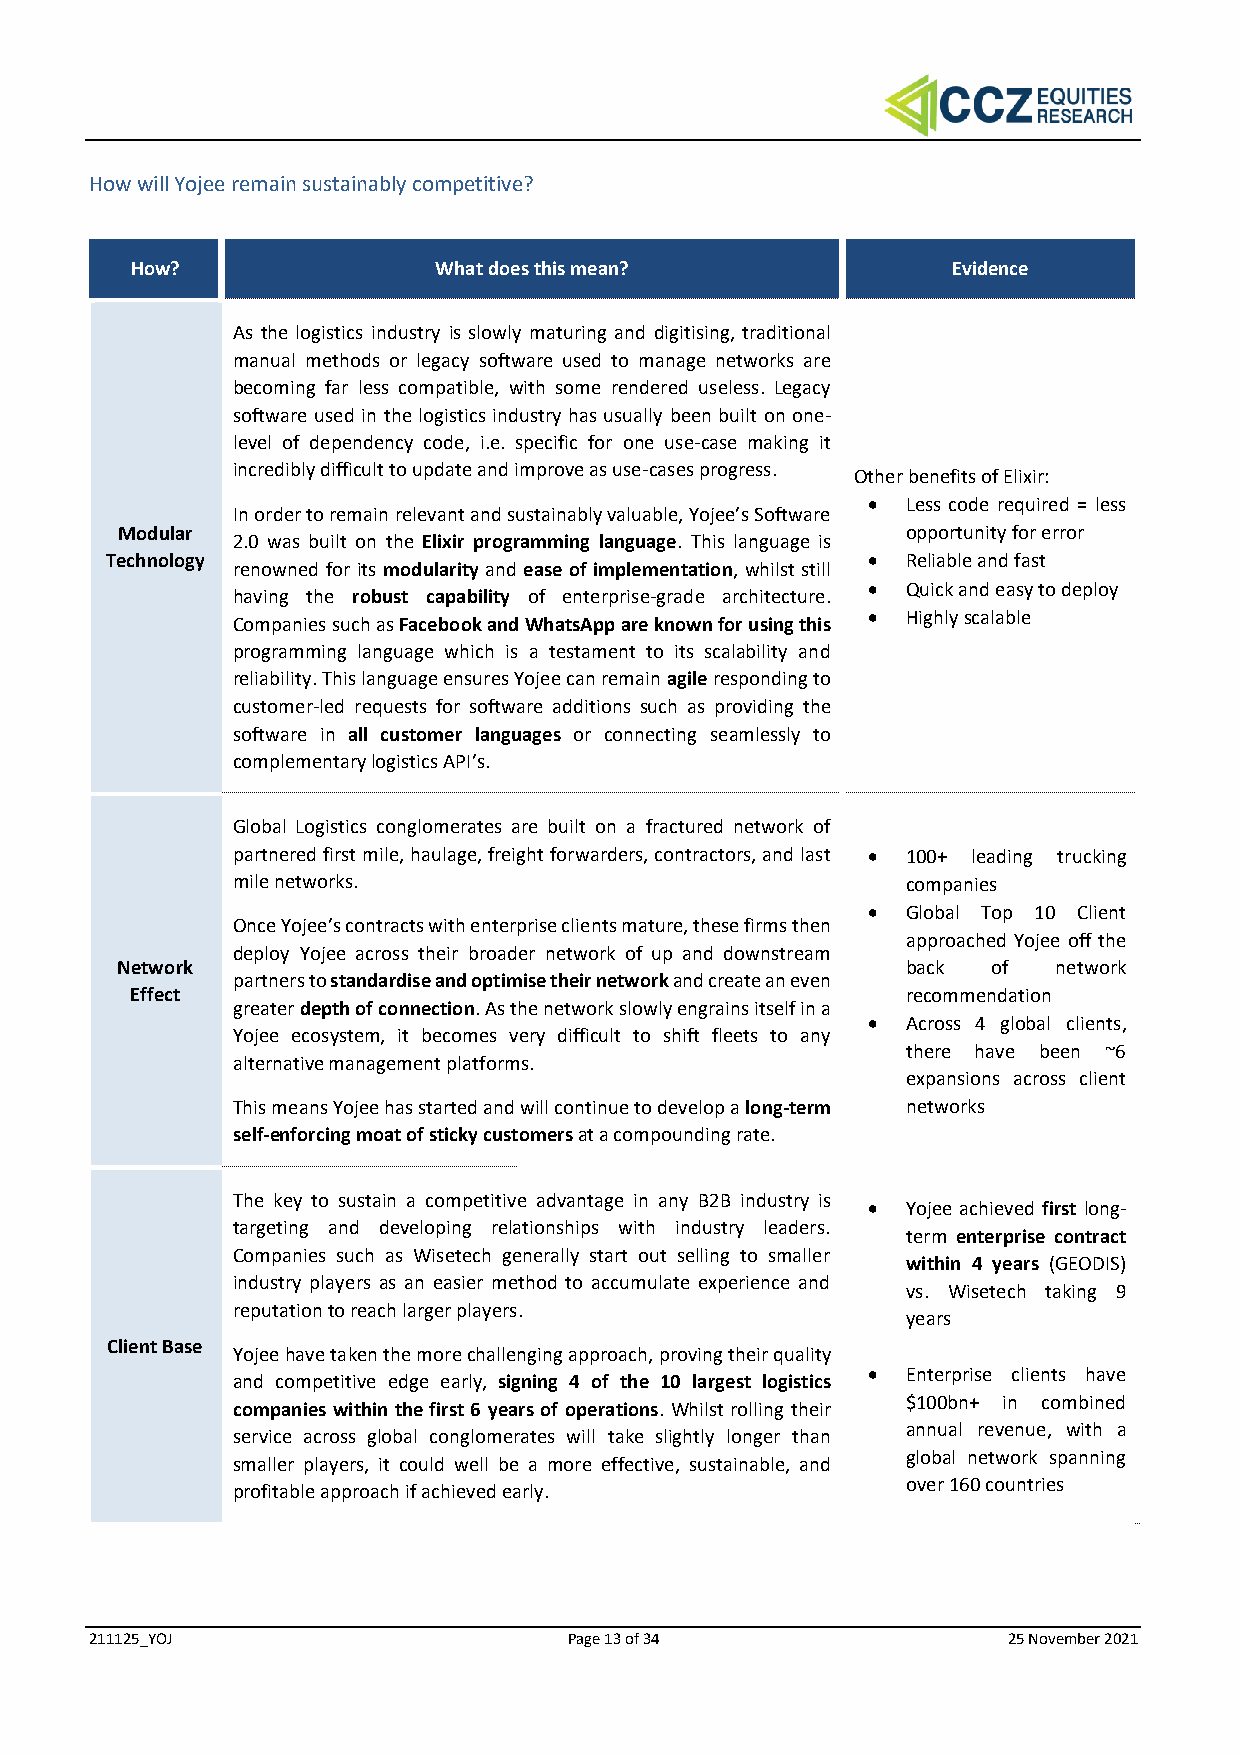
How will Yojee remain sustainably competitive?
 How?                What does this mean?              Evidence
 As the logistics industry is slowly maturing and digitising, traditional
 manual methods or legacy software used to manage networks are
 becoming far less compatible, with some rendered useless. Legacy
 software used in the logistics industry has usually been built on one-
 level of dependency code, i.e. specific for one use-case making it
 incredibly difficult to update and improve as use-cases progress.
 Other benefits of Elixir:
 •  Less code required = less
 In order to remain relevant and sustainably valuable, Yojee’s Software
 Modular                                             opportunity for error
 2.0 was built on the Elixir programming language. This language is
 Technology                                        •  Reliable and fast
 renowned for its modularity and ease of implementation, whilst still
 •  Quick and easy to deploy
 having the robust capability of enterprise-grade architecture.
 Companies such as Facebook and WhatsApp are known for using this • Highly scalable
 programming language which is a testament to its scalability and
 reliability. This language ensures Yojee can remain agile responding to
 customer-led requests for software additions such as providing the
 software in all customer languages or connecting seamlessly to
 complementary logistics API’s.
 Global Logistics conglomerates are built on a fractured network of
 partnered first mile, haulage, freight forwarders, contractors, and last • 100+ leading trucking
 mile networks.                               companies
 •  Global Top 10 Client
 Once Yojee’s contracts with enterprise clients mature, these firms then
 approached Yojee off the
 deploy Yojee across their broader network of up and downstream
 Network                                             back  of  network
 partners to standardise and optimise their network and create an even
 Effect                                             recommendation
 greater depth of connection. As the network slowly engrains itself in a
 •  Across 4 global clients,
 Yojee ecosystem, it becomes very difficult to shift fleets to any
 there have been ~6
 alternative management platforms.
 expansions across client
 This means Yojee has started and will continue to develop a long-term networks
 self-enforcing moat of sticky customers at a compounding rate.
 The key to sustain a competitive advantage in any B2B industry is
 •  Yojee achieved first long-
 targeting and developing relationships with industry leaders.
 term enterprise contract
 Companies such as Wisetech generally start out selling to smaller
 within 4 years (GEODIS)
 industry players as an easier method to accumulate experience and
 vs. Wisetech taking 9
 reputation to reach larger players.
 years
 Client Base
 Yojee have taken the more challenging approach, proving their quality
 •  Enterprise clients have
 and competitive edge early, signing 4 of the 10 largest logistics
 $100bn+ in combined
 companies within the first 6 years of operations. Whilst rolling their
 annual revenue, with a
 service across global conglomerates will take slightly longer than
 global network spanning
 smaller players, it could well be a more effective, sustainable, and
 over 160 countries
 profitable approach if achieved early.
 211125_YOJ                      Page 13 of 34                25 November 2021